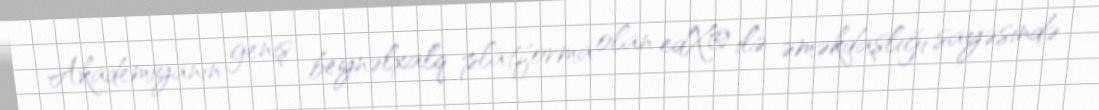
Akademiyanın geniş beynəlxalq platforma olan edX® ilə əməkdaşlığı sayəsində